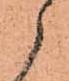
御